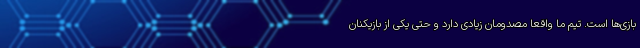
بازی‌ها است. تیم ما واقعا مصدومان زیادی دارد و حتی یکی از بازیکنان